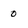
Character: 0